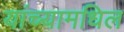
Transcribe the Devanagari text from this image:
यांच्यामधिल